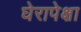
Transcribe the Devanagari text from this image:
घेरापेक्षा